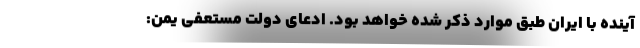
آینده با ایران طبق موارد ذکر شده خواهد بود. ادعای دولت مستعفی یمن: